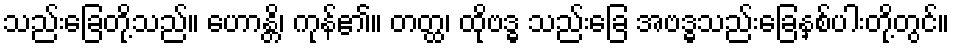
သည်းခြေတို့သည်။ ဟောန္တိ၊ ကုန်၏။ တတ္ထ၊ ထိုဗဒ္ဓ သည်းခြေ အဗဒ္ဓသည်းခြေနှစ်ပါးတို့တွင်။